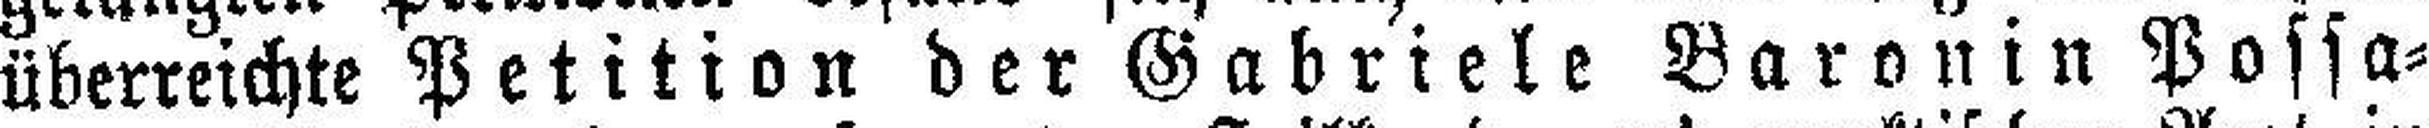
überreichte Petition der Gabriele Baronin Possa¬